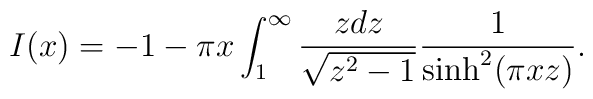
I(x) = - 1 - \pi x \int_1^\infty\frac{z dz}{\sqrt{z^2-1}}\frac{1}{\sinh^2(\pi x z)}.